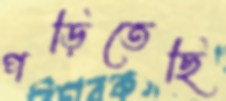
পড়িতেছি